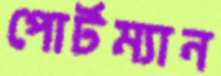
পোর্টম্যান